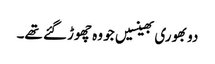
دو بھوری بھینسیں جو وہ چھوڑ گئے تھے۔